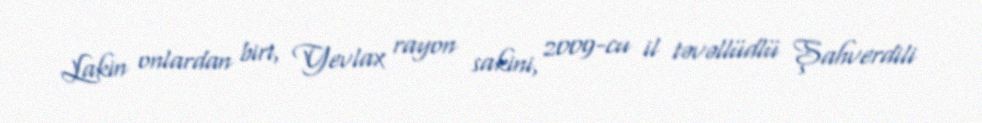
Lakin onlardan biri, Yevlax rayon sakini, 2009-cu il təvəllüdlü Şahverdili